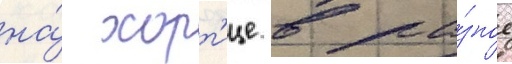
на́ хорт'ице в ра́зное